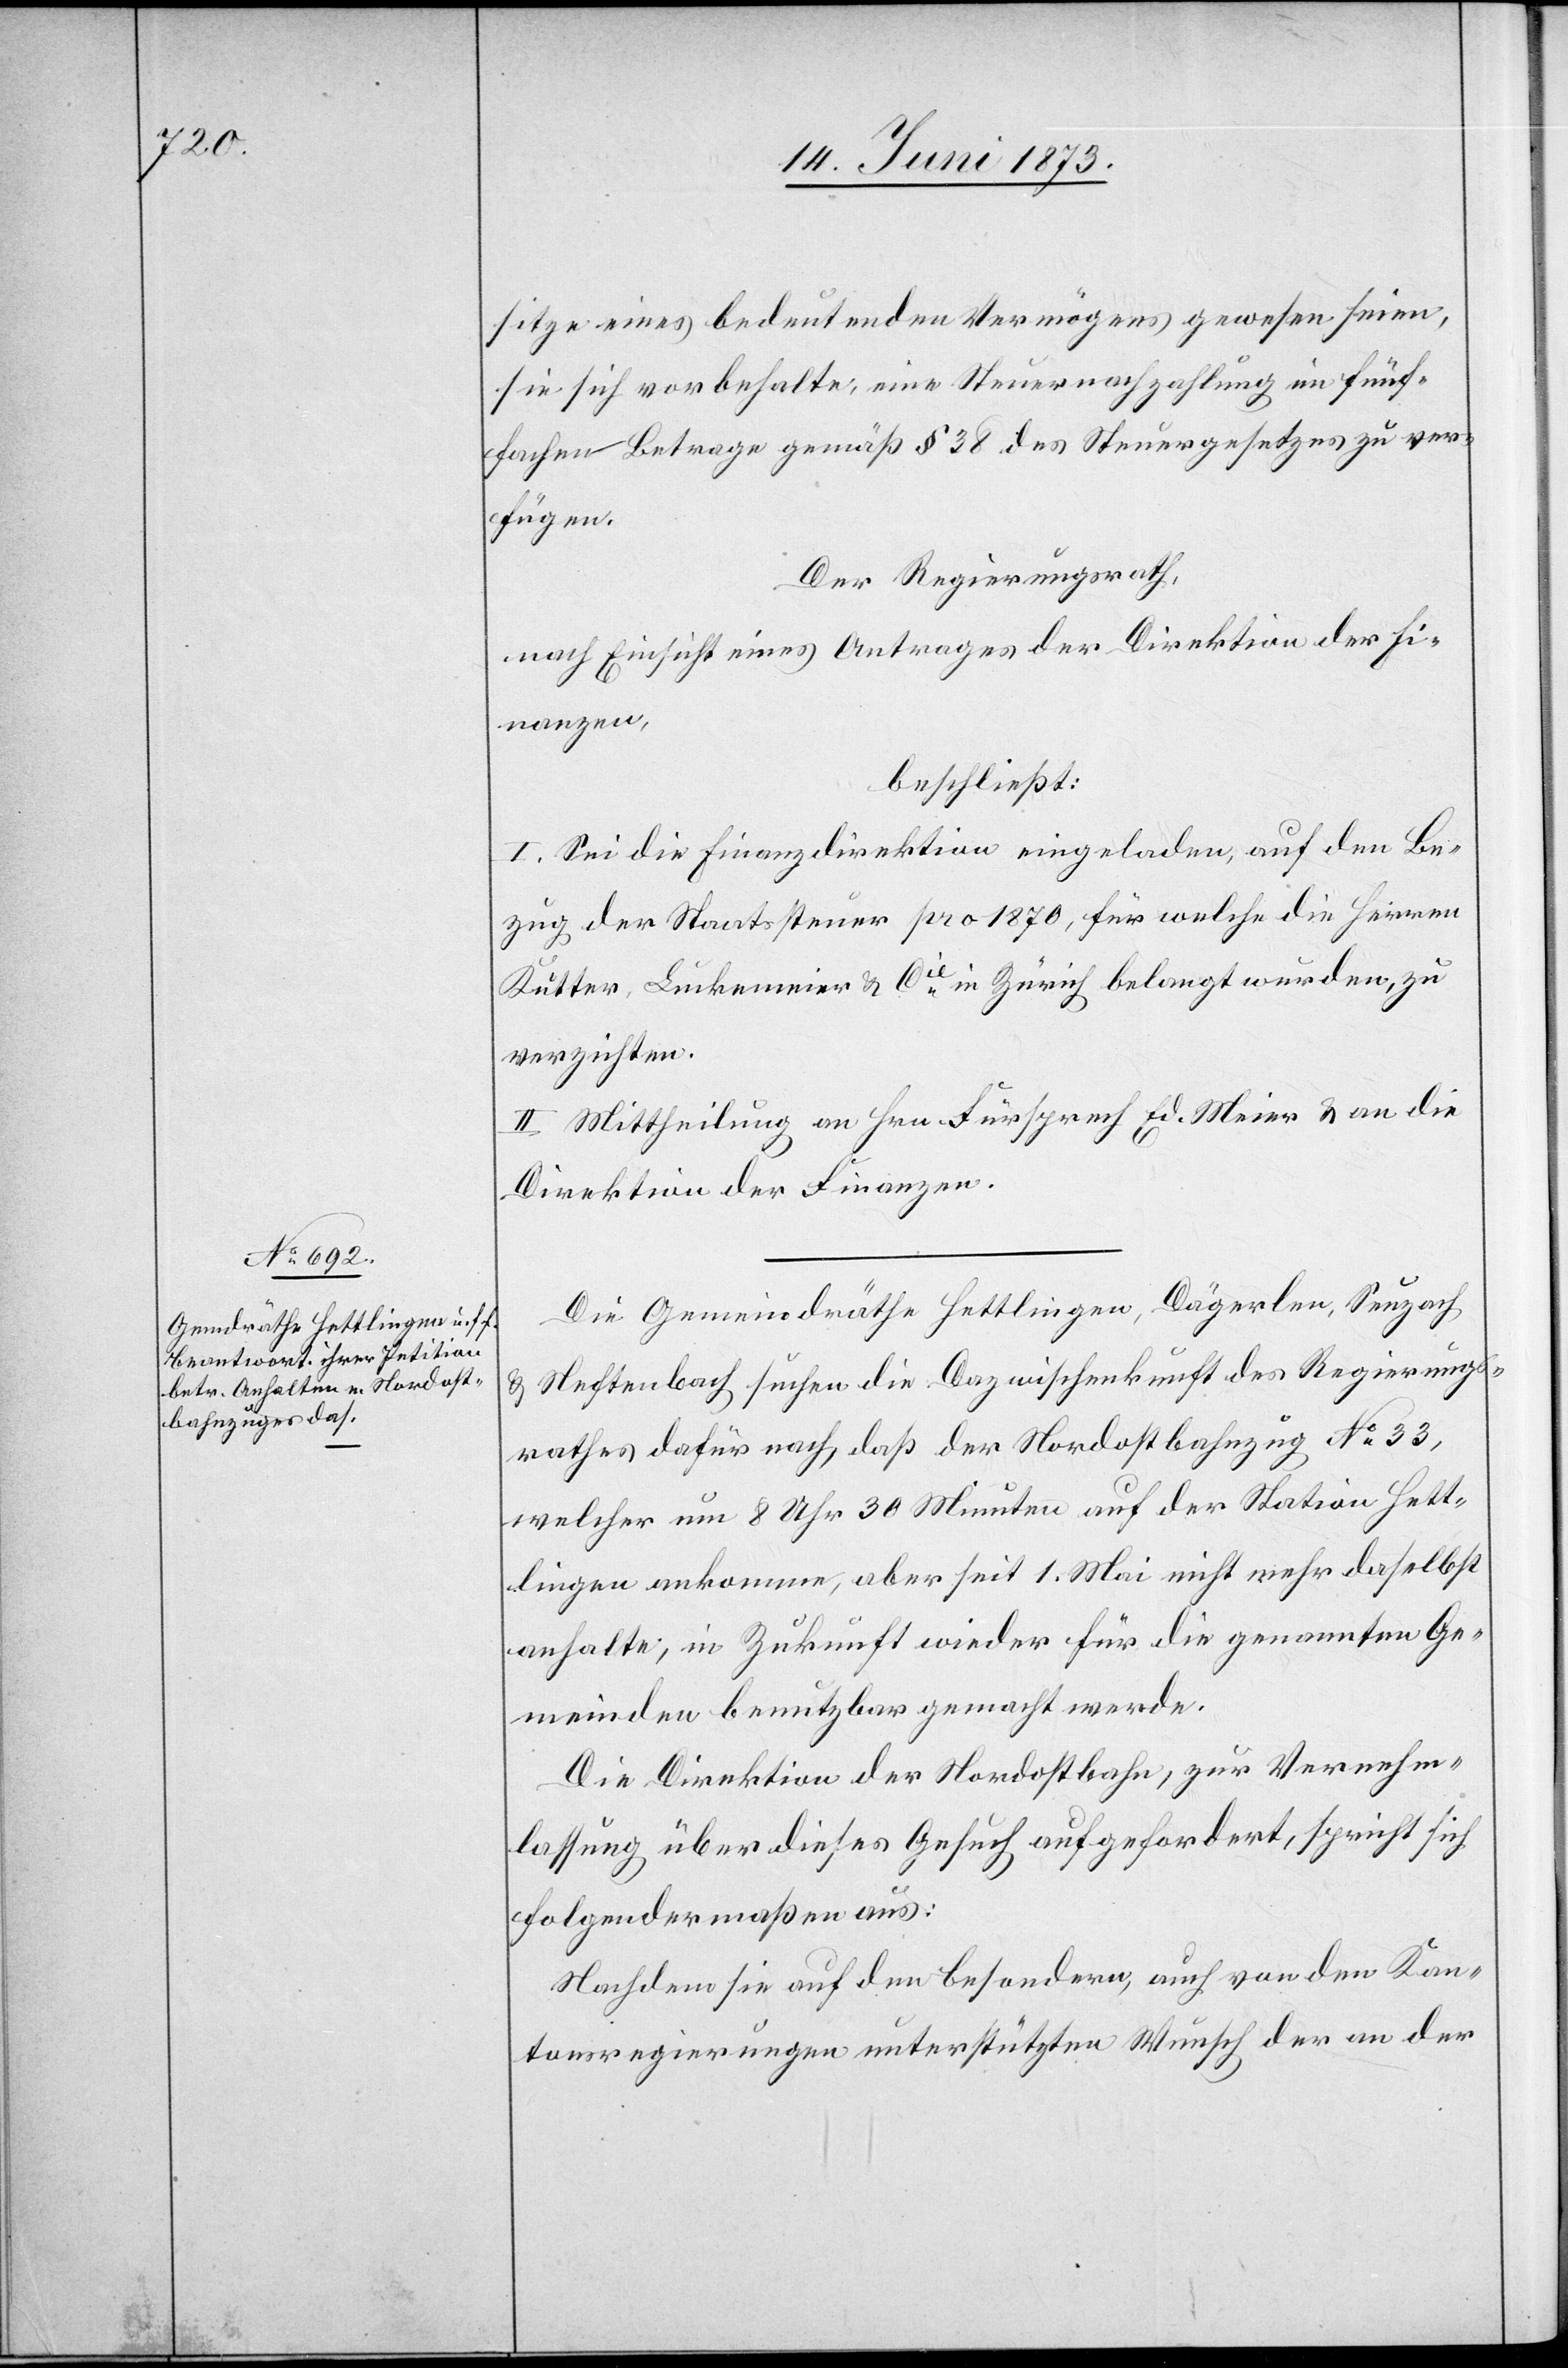
sitze eines bedeutenden Vermögens gewesen seien,
sie sich vorbehalten, eine Steuernachzahlung im fünf¬
fachen Betrage gemäß § 38 des Steuergesetzes zu ver¬
fügen.
Der Regierungsrath,
nach Einsicht eines Antrages der Direktion der Fi¬
nanzen,
beschließt:
I. Sei die Finanzdirektion eingeladen, auf den Be¬
zug der Staatssteuer pro 1870, für welche die Herren
Kutter, Luckemeier & Cie in Zürich belangt wurden, zu
verzichten.
II. Mittheilung an Hrn. Fürsprech Ed. Meier & an die
Direktion der Finanzen.
Die Gemeindräthe Hettlingen, Dägerlen, Seuzach
Neftenbach suchen die Dazwischenkunft des Regierungs¬
rathes dafür nach, daß der Nordostbahnzug No 33,
welcher um 8 Uhr 30 Minuten auf der Station Hett¬
lingen ankomme, aber seit 1. Mai nicht mehr daselbst
anhalte, in Zukunft wieder für die genannten Ge¬
meinden benutzbar gemacht werde.
Die Direktion der Nordostbahn, zur Vernehm¬
lassung über dieses Gesuch aufgefordert, spricht sich
folgendermaßen aus:
Nachdem sie auf den besondern, auch von den Kan¬
tonsregierungen unterstützten Wunsch der an der